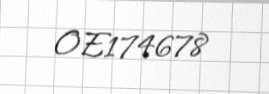
OE174678